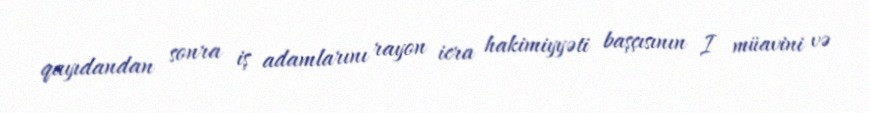
qayıdandan sonra iş adamlarını rayon icra hakimiyyəti başçısının I müavini və